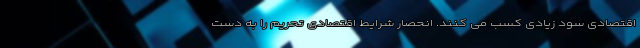
اقتصادی سود زیادی کسب می کنند. انحصار شرایط اقتصادی تحریم را به دست